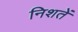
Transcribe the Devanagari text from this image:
निशतें